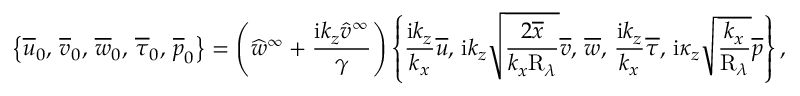
\left\lbrace \overline { { u } } _ { 0 } , \, \overline { { v } } _ { 0 } , \, \overline { { w } } _ { 0 } , \, \overline { { \tau } } _ { 0 } , \, \overline { { p } } _ { 0 } \right\rbrace = \left( \widehat { w } ^ { \infty } + \frac { \mathrm { i } k _ { z } \widehat { v } ^ { \infty } } { \gamma } \right) \left\lbrace \frac { \mathrm { i } k _ { z } } { k _ { x } } \overline { { u } } , \, \mathrm { i } k _ { z } \sqrt { \frac { 2 \overline { { x } } } { k _ { x } \mathrm { R } _ { \lambda } } } \overline { { v } } , \, \overline { { w } } , \, \frac { \mathrm { i } k _ { z } } { k _ { x } } \overline { { \tau } } , \, \mathrm { i } \kappa _ { z } \sqrt { \frac { k _ { x } } { \mathrm { R } _ { \lambda } } } \overline { { p } } \right\rbrace ,